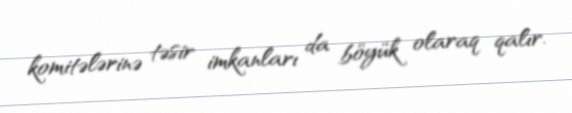
komitələrinə təsir imkanları da böyük olaraq qalır.